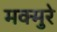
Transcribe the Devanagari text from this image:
मक्मुरे